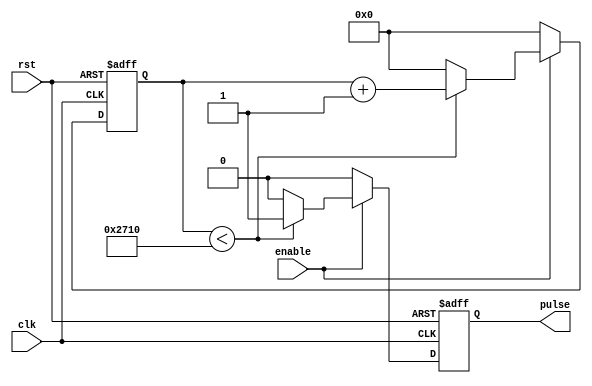
module pulse_generator(
    input wire clk,
    input wire rst,
    input wire enable,
    output reg pulse
);

reg [15:0] count;
parameter COUNT_MAX = 10000; // Specify the desired pulse width
reg pulse_reg;

always @(posedge clk or posedge rst) begin
    if (rst) begin
        count <= 0;
        pulse_reg <= 0;
    end else if (enable) begin
        if (count < COUNT_MAX) begin
            count <= count + 1;
            pulse_reg <= 1;
        end else begin
            count <= 0;
            pulse_reg <= 0;
        end
    end else begin
        count <= 0;
        pulse_reg <= 0;
    end
end

assign pulse = pulse_reg;

endmodule